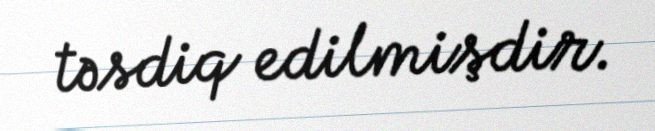
təsdiq edilmişdir.